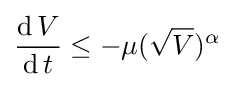
{\frac {\operatorname {d} V}{\operatorname {d} t}}\leq -\mu ({\sqrt {V}})^{\alpha }